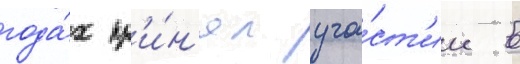
года́х пр'и́н'ял уча́ст'ие в